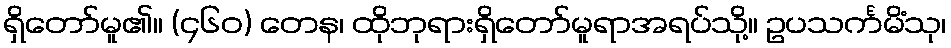
ရှိတော်မူ၏။ (၄၆၀) တေန၊ ထိုဘုရားရှိတော်မူရာအရပ်သို့။ ဥပသင်္ကမိံသု၊